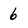
Character: 6